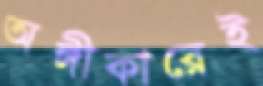
অঙ্গীকারেই